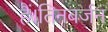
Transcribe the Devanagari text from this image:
हैं।तिनबर्जन